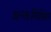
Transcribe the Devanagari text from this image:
अन्तःमिश्रित